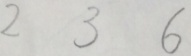
2 3 6